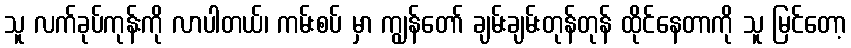
သူ လက်ခုပ်ကုန်းကို လာပါတယ်၊ ကမ်းစပ် မှာ ကျွန်တော် ချမ်းချမ်းတုန်တုန် ထိုင်နေတာကို သူ မြင်တော့